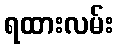
ရထားလမ်း